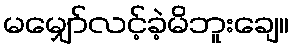
မမျှော်လင့်ခဲ့မိဘူးချေ။